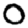
Digit: 0